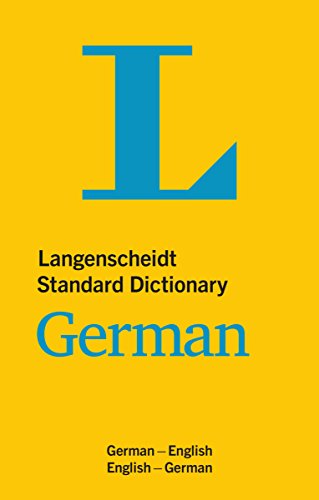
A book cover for Langenscheidt Standard Dictionary German: German - English / English - German. 130,000 references; Langenscheidt; Reference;